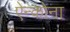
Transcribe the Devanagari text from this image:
ऐन्कोना